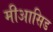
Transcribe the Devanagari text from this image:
मीआसिड